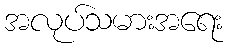
အလုပ်သမားအရေး